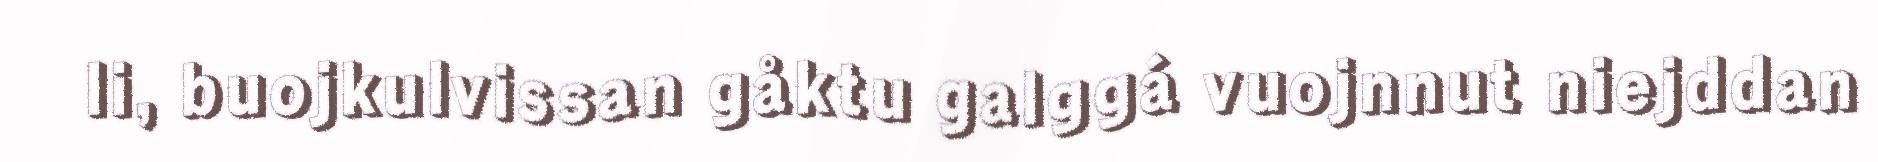
li, buojkulvissan gåktu galggá vuojnnut niejddan